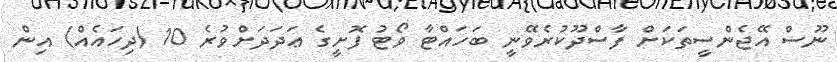
ނޫސް އޭޖެންސީތަކަށް ފާސްދޫކުރެވޭނީ ބަހައްޓާ ވޯޓު ފޮށީގެ ޢަދަދަށްވުރެ 10 (ދިހައެއް) އިން